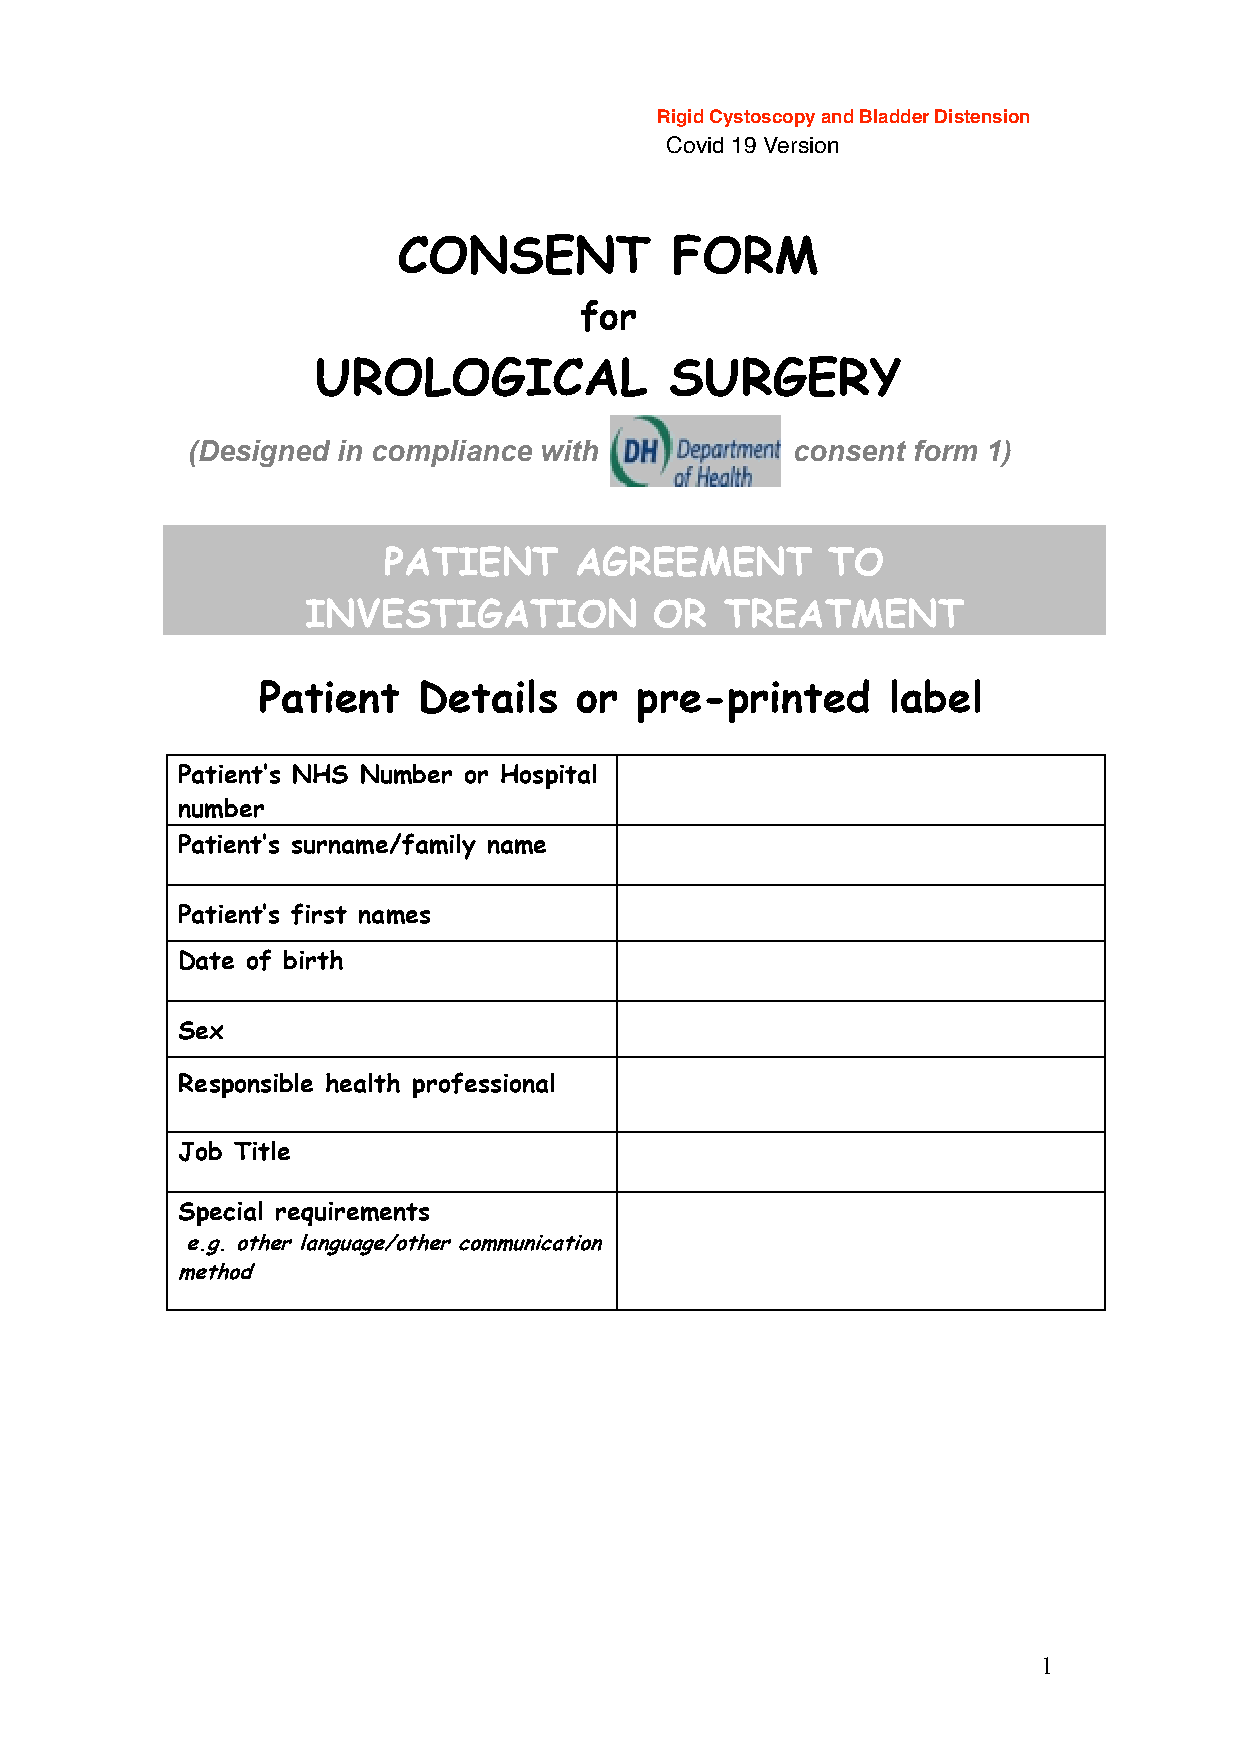
CONSENT           FORM
 for
 UROLOGICAL             SURGERY
 (Designed in compliance with            consent form 1)
 PATIENT      AGREEMENT        TO
 INVESTIGATION          OR   TREATMENT
 Patient    Details   or  pre-printed      label
 Patient’s NHS Number or Hospital
 number
 Patient’s surname/family name
 Patient’s first names
 Date of birth
 Sex
 Responsible health professional
 Job Title
 Special requirements
 e.g. other language/other communication
 method
 1